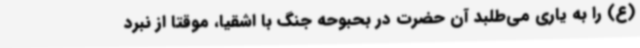
(ع) را به یاری می‌طلبد آن حضرت در بحبوحه جنگ با اشقیا، موقتا از نبرد